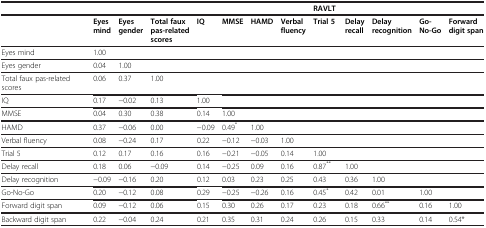
<table><thead><tr><td><b> </b></td><td><b> </b></td><td><b> </b></td><td><b> </b></td><td><b> </b></td><td><b> </b></td><td><b> </b></td><td><b> </b></td><td colspan="3"><b>RAVLT</b></td><td><b> </b></td><td><b> </b></td></tr></thead><tbody><tr><td> </td><td><b>Eyes mind</b></td><td><b>Eyes gender</b></td><td><b>Total faux pas-related scores</b></td><td><b>IQ</b></td><td><b>MMSE</b></td><td><b>HAMD</b></td><td><b>Verbal fluency</b></td><td><b>Trial 5</b></td><td><b>Delay recall</b></td><td><b>Delay recognition</b></td><td><b>Go-No-Go</b></td><td><b>Forward digit span</b></td></tr><tr><td>Eyes mind</td><td>1.00</td><td> </td><td> </td><td> </td><td> </td><td> </td><td> </td><td> </td><td> </td><td> </td><td> </td><td> </td></tr><tr><td>Eyes gender</td><td>0.04</td><td>1.00</td><td> </td><td> </td><td> </td><td> </td><td> </td><td> </td><td> </td><td> </td><td> </td><td> </td></tr><tr><td>Total faux pas-related scores</td><td>0.06</td><td>0.37</td><td>1.00</td><td> </td><td> </td><td> </td><td> </td><td> </td><td> </td><td> </td><td> </td><td> </td></tr><tr><td>IQ</td><td>0.17</td><td>−0.02</td><td>0.13</td><td>1.00</td><td> </td><td> </td><td> </td><td> </td><td> </td><td> </td><td> </td><td> </td></tr><tr><td>MMSE</td><td>0.04</td><td>0.30</td><td>0.38</td><td>0.14</td><td>1.00</td><td> </td><td> </td><td> </td><td> </td><td> </td><td> </td><td> </td></tr><tr><td>HAMD</td><td>0.37</td><td>−0.06</td><td>0.00</td><td>−0.09</td><td>0.49<sup>*</sup></td><td>1.00</td><td> </td><td> </td><td> </td><td> </td><td> </td><td> </td></tr><tr><td>Verbal fluency</td><td>0.08</td><td>−0.24</td><td>0.17</td><td>0.22</td><td>−0.12</td><td>−0.03</td><td>1.00</td><td> </td><td> </td><td> </td><td> </td><td> </td></tr><tr><td>Trial 5</td><td>0.12</td><td>0.17</td><td>0.16</td><td>0.16</td><td>−0.21</td><td>−0.05</td><td>0.14</td><td>1.00</td><td> </td><td> </td><td> </td><td> </td></tr><tr><td>Delay recall</td><td>0.18</td><td>0.06</td><td>−0.09</td><td>0.14</td><td>−0.25</td><td>0.09</td><td>0.16</td><td>0.87<sup>**</sup></td><td>1.00</td><td> </td><td> </td><td> </td></tr><tr><td>Delay recognition</td><td>−0.09</td><td>−0.16</td><td>0.20</td><td>0.12</td><td>0.03</td><td>0.23</td><td>0.25</td><td>0.43</td><td>0.36</td><td>1.00</td><td> </td><td> </td></tr><tr><td>Go-No-Go</td><td>0.20</td><td>−0.12</td><td>0.08</td><td>0.29</td><td>−0.25</td><td>−0.26</td><td>0.16</td><td>0.45<sup>*</sup></td><td>0.42</td><td>0.01</td><td>1.00</td><td> </td></tr><tr><td>Forward digit span</td><td>0.09</td><td>−0.12</td><td>0.06</td><td>0.15</td><td>0.30</td><td>0.26</td><td>0.17</td><td>0.23</td><td>0.18</td><td>0.66<sup>**</sup></td><td>0.16</td><td>1.00</td></tr><tr><td>Backward digit span</td><td>0.22</td><td>−0.04</td><td>0.24</td><td>0.21</td><td>0.35</td><td>0.31</td><td>0.24</td><td>0.26</td><td>0.15</td><td>0.33</td><td>0.14</td><td>0.54*</td></tr></tbody></table>